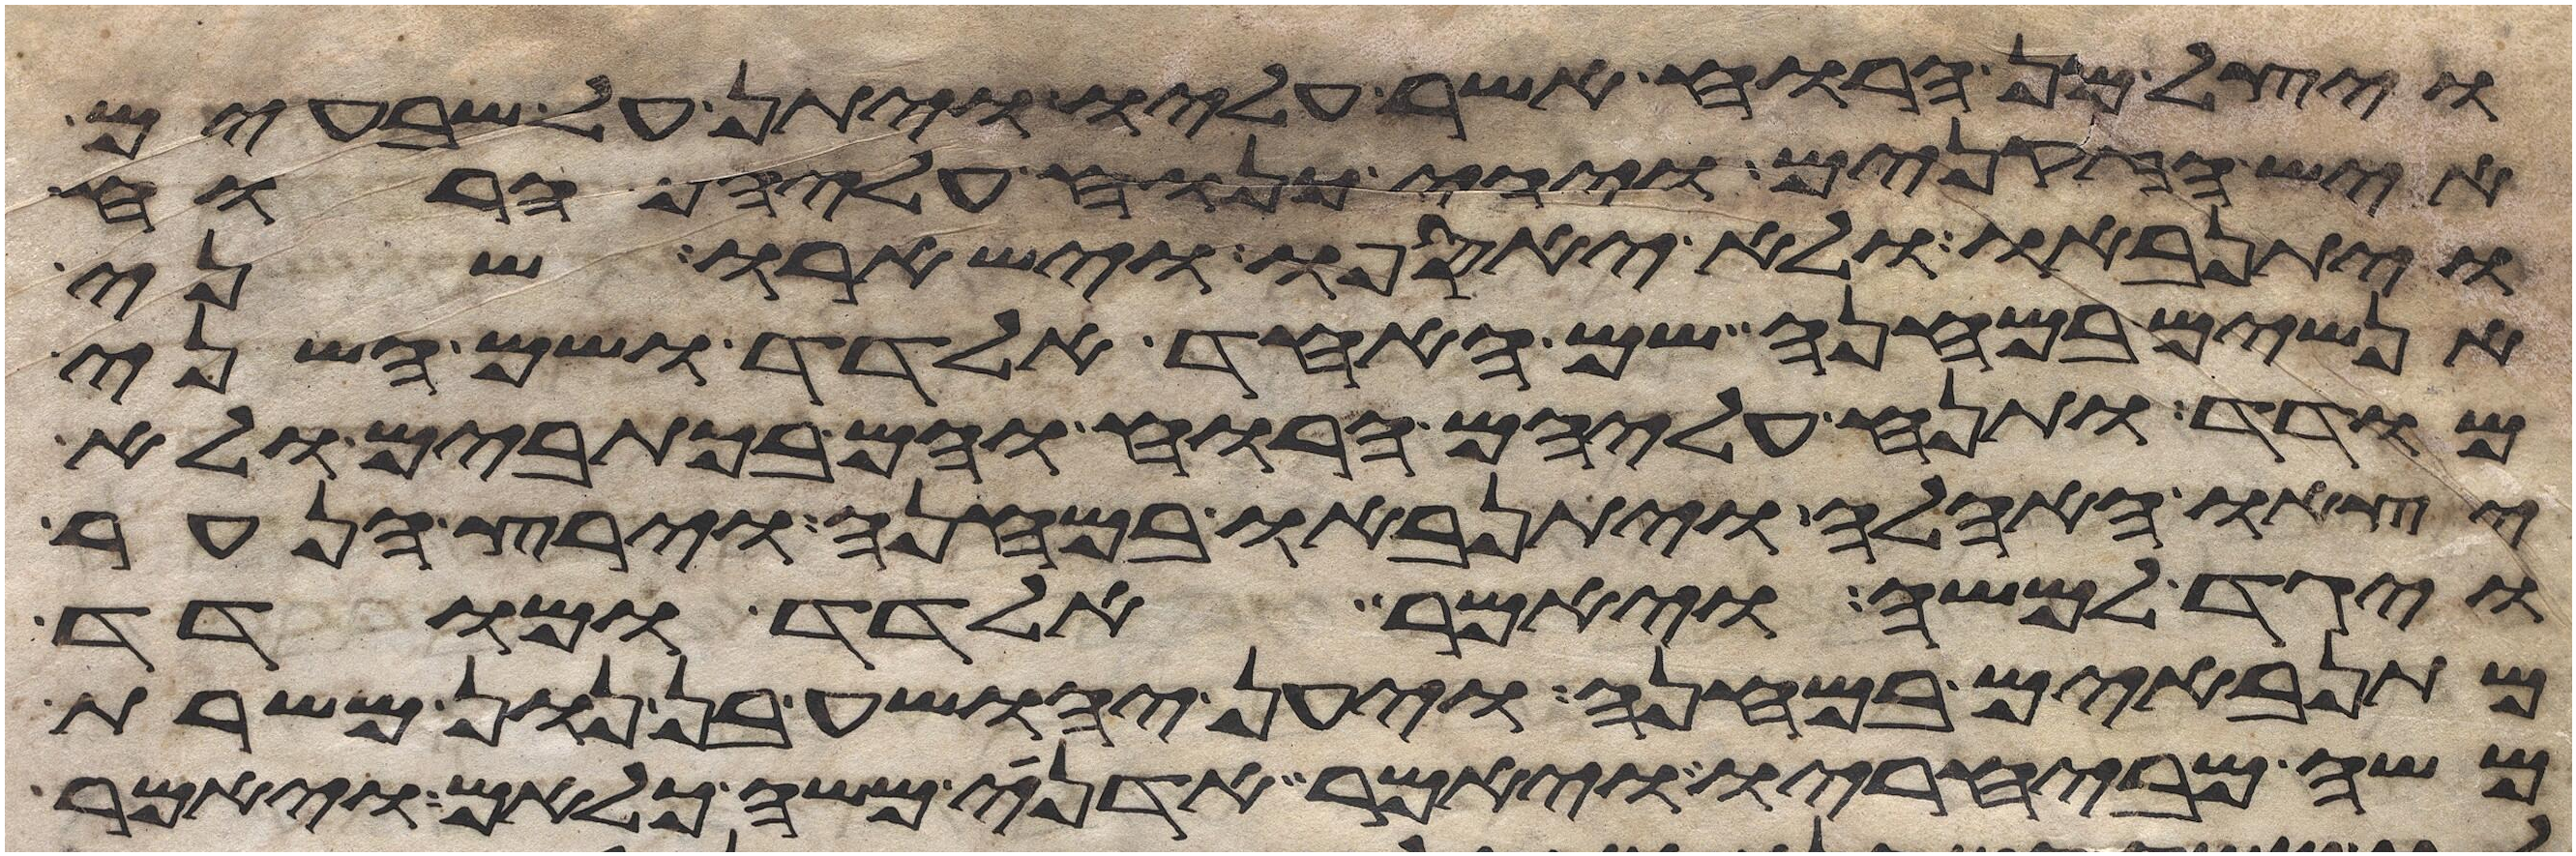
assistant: ויצל מן הרוח אשר עליו ויתן על שבעים
איש הזקנים ויהי כנוח עליהם הרוח
ויתנאבו ולא יאספו וישארו שני
אנשים במחנה שם האחד אלדד ושם השני
מודד ותנח עליהם הרוח והם בכתובים ולא
יצאו האהלה ויתנאבו במחנה וירץ הנער
ויגד למשה ויאמר אלדד ומודד
מתנאבים במחנה ויען יהושע בן נון משרת
משה מבחיריו ויאמר אדני משה כלאם ויאמר